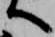
へ